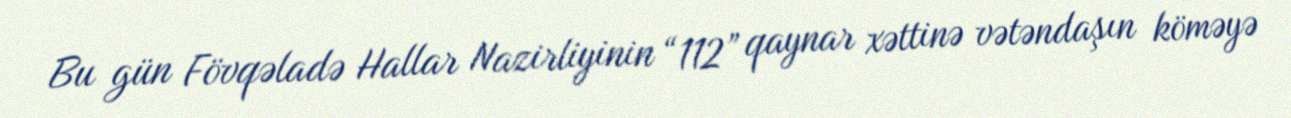
Bu gün Fövqəladə Hallar Nazirliyinin “112” qaynar xəttinə vətəndaşın köməyə